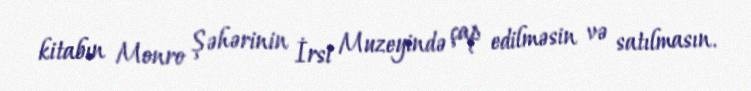
kitabın Monro Şəhərinin İrsi Muzeyində çap edilməsin və satılmasın.